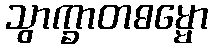
သွာက္ခာတဓမ္မော